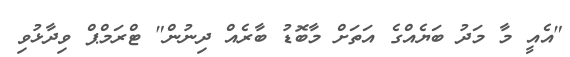
"އެއީ މާ މަދު ބަޔެއްގެ އަތަށް މާބޮޑު ބާރެއް ދިނުން" ޓްރަމްޕް ވިދާޅުވި